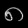
Digit: ၈